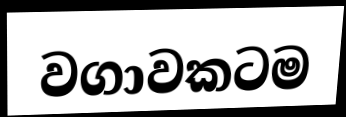
වගාවකටම